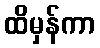
ထိမှန်ကာ